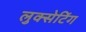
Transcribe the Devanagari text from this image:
लुक्सेटिंग